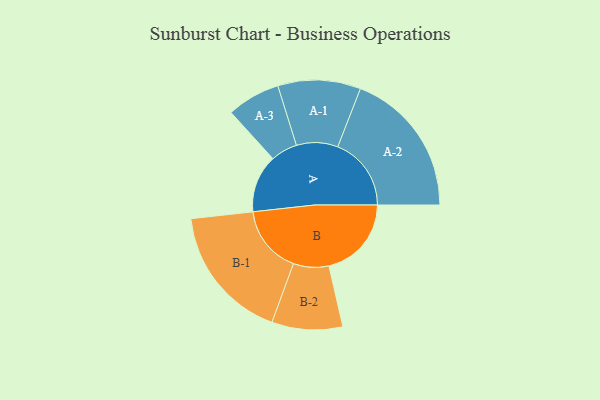
{"axis": {"x": "Segment", "y": "Value"}, "legend": ["", "A", "B"], "data": [{"x": "A", "y": 232, "type": ""}, {"x": "B", "y": 331, "type": ""}, {"x": "A-1", "y": 166, "type": "A"}, {"x": "A-2", "y": 295, "type": "A"}, {"x": "A-3", "y": 107, "type": "A"}, {"x": "B-1", "y": 273, "type": "B"}, {"x": "B-2", "y": 142, "type": "B"}]}